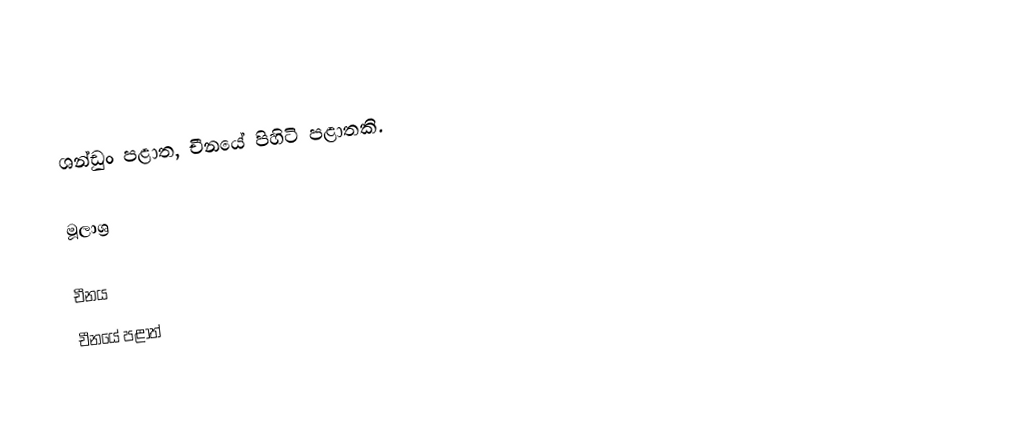
ශන්ඩුං පළාත, චීනයේ පිහිටි පළාතකි.

මූලාශ්‍ර

චීනය
චීනයේ පළාත්